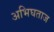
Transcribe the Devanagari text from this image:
अभिघताज